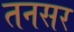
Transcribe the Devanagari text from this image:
तनसर